Plague in India, 1896, 1897 - Volume 2
Year: 1896
Disease focus: Plague
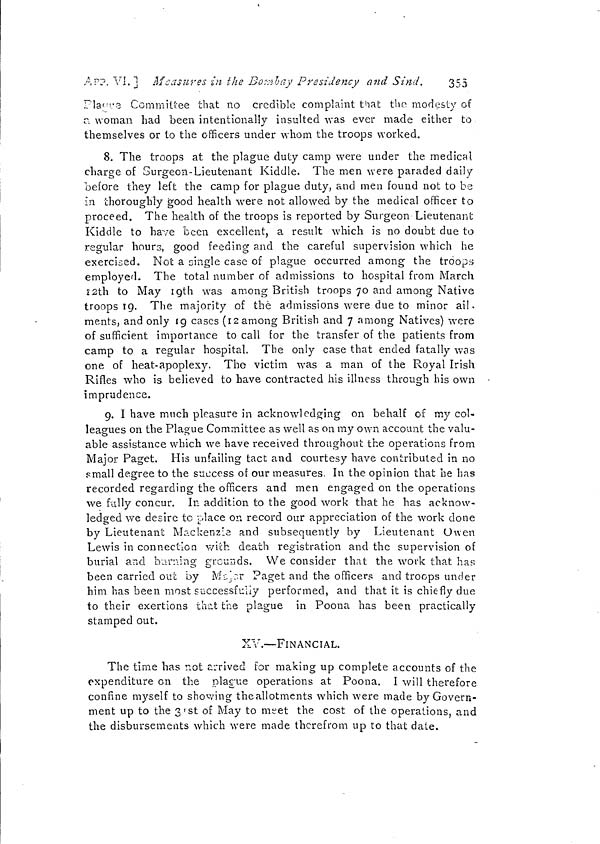
App. VI. ] Measures in the Bombay Presidency and Sind.
355
Plague Comrnitte that no credible complaint that the modesty of
r. woman had been intentionally insulted was ever made either to
themselves or to the officers under whom the troops worked.
8. The troops at the plague duty camp were under the medical
charge of Surgeon-Lieutenant Kiddle. The men were paraded daily
before they left the camp for plague duty, and men found not to be
In thoroughly good health were not allowed by the medical officer to
proceed. The health of the troops is reported by Surgeon Lieutenant
Kiddle to have been excellent, a result which is no doubt due to
regular hours, good feeding and the careful supervision which he
exercised. Not a single case of plague occurred among the troops
employed. The total number of admissions to hospital from March
12th to May 19th was among British troops 70 and among Native
troops 19. The majority of the admissions were due to minor ail.
ments, and only 19 cases (12 among British and 7 among Natives) were
of sufficient importance to call for the transfer of the patients from
camp to a regular hospital. The only case that ended fatally was
one of heat-apoplexy. The victim was a man of the Royal Irish
Rifles who is believed to have contracted his illness through his own
imprudence.
9. I have much pleasure in acknowledging on behalf of my col-
leagues on the Plague Committee as well as on my own account the valu-
able assistance which we have received throughout the operations from
Major Paget. His unfailing tact and courtesy have contributed in no
small degree to the success of our measures. In the opinion that he has
recorded regarding the officers and men engaged on the operations
we fully concur. In addition to the good work that he has acknow-
ledged we desire to place on record our appreciation of the work clone
by Lieutenant Mackenzie and subsequently by Lieutenant Owen
Lewis in connection with death registration and the supervision of
burial and burning grounds. We consider that the work that has
been carried out by Major Paget and the officers and troops under
him has been most successfully performed, and that it is chiefly due
to their exertions that the plague in Poona has been practically
stamped out.
XV.—FINANCIAL.
The time has not arrived for making up complete accounts of the
expenditure on the plague operations at Poona. I will therefore
confine myself to showing theallotments which were made by Govern-
ment up to the 31st of May to meet the cost of the operations, and
the disbursements which were made therefrom up to that date.